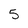
Character: 5